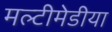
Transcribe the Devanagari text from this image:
मल्टीमेडीया